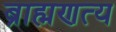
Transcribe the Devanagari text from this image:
ब्राह्मणत्य